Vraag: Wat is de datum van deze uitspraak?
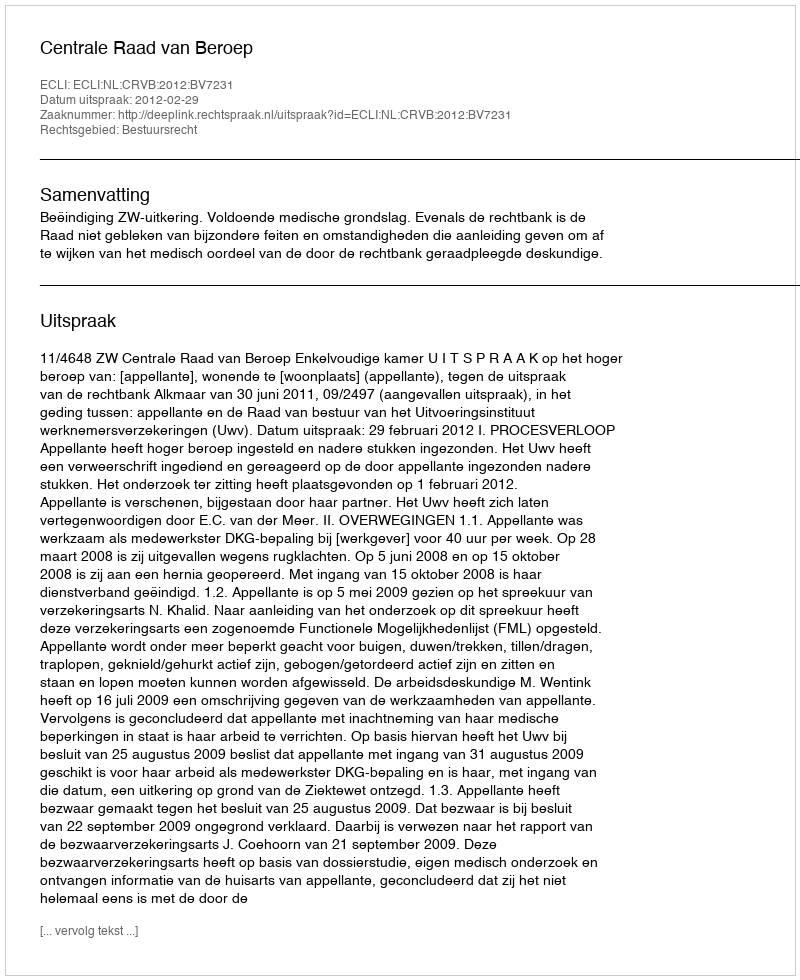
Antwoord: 2012-02-29